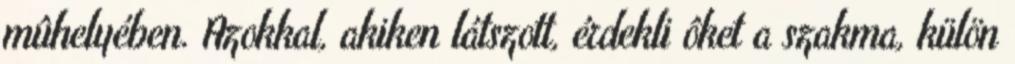
mûhelyében. Azokkal, akiken látszott, érdekli ôket a szakma, külön